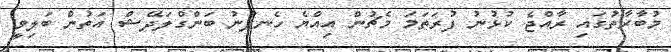
މުބާރާތުގައި ރާއްޖެ ކުޅުނު ފުރަތަމަ މެޗުން އިއްޔެ ހެނދުނު ބަންގްލަދޭޝް އަތުން ބަލިވީ